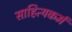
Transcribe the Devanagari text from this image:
साहित्यकर्म